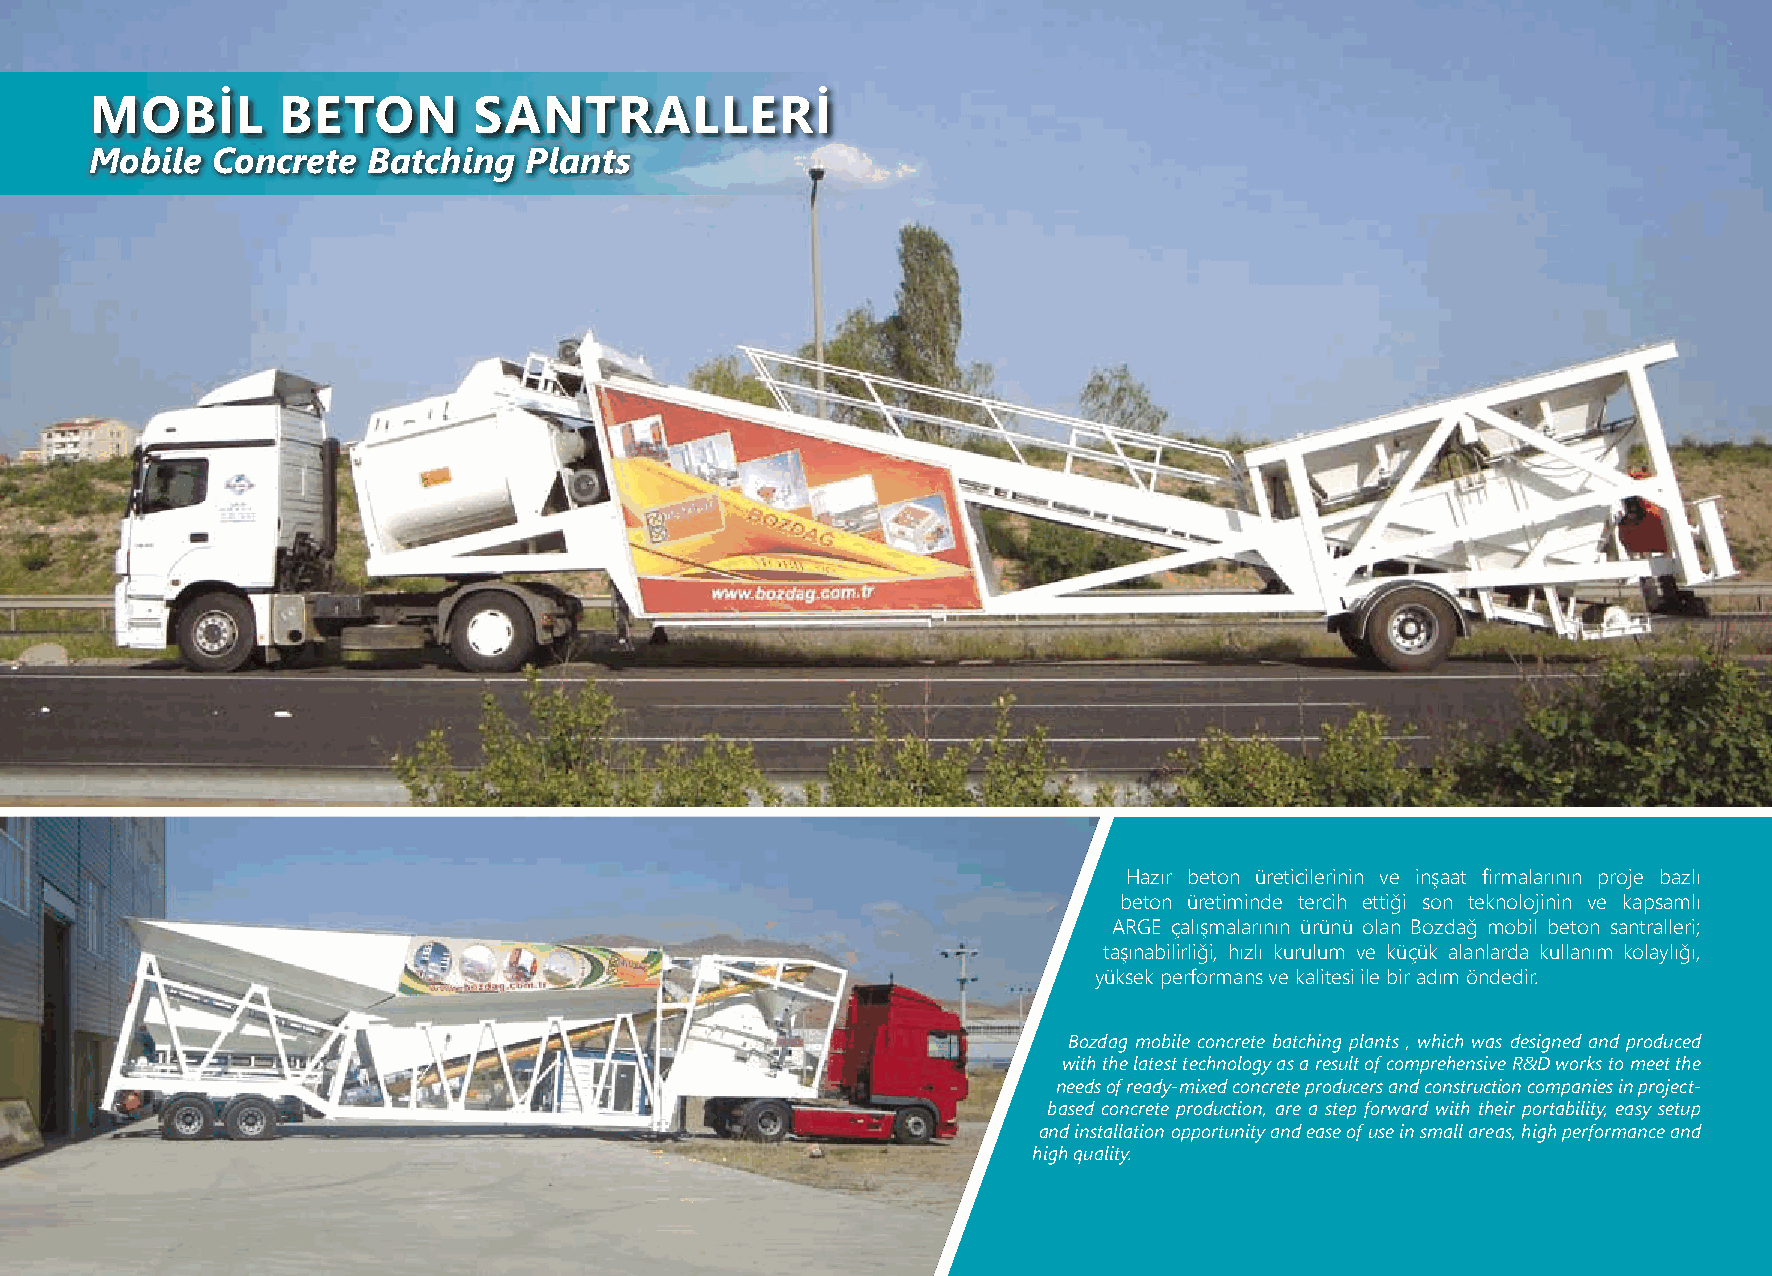
MOBİL   BETON   SANTRALLERİ     / Mobile Concrete Batching  Plant
 MOBİL       BETON        SANTRALLERİ
 Mobile  Concrete  Batching   Plants
 Hazır beton üreticilerinin ve inşaat firmalarının proje bazlı
 beton üretiminde tercih ettiği son teknolojinin ve kapsamlı
 ARGE çalışmalarının ürünü olan Bozdağ mobil beton santralleri;
 taşınabilirliği, hızlı kurulum ve küçük alanlarda kullanım kolaylığı,
 yüksek performans ve kalitesi ile bir adım öndedir.
 Bozdag mobile concrete batching plants , which was designed and produced
 with the latest technology as a result of comprehensive R&D works to meet the
 needs of ready-mixed concrete producers and construction companies in project-
 based concrete production, are a step forward with their portability, easy setup
 and installation opportunity and ease of use in small areas, high performance and
 high quality.